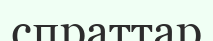
спраттар